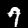
Label: 7